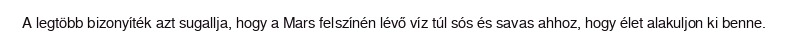
A legtöbb bizonyíték azt sugallja, hogy a Mars felszínén lévő víz túl sós és savas ahhoz, hogy élet alakuljon ki benne.